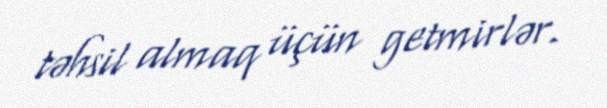
təhsil almaq üçün getmirlər.